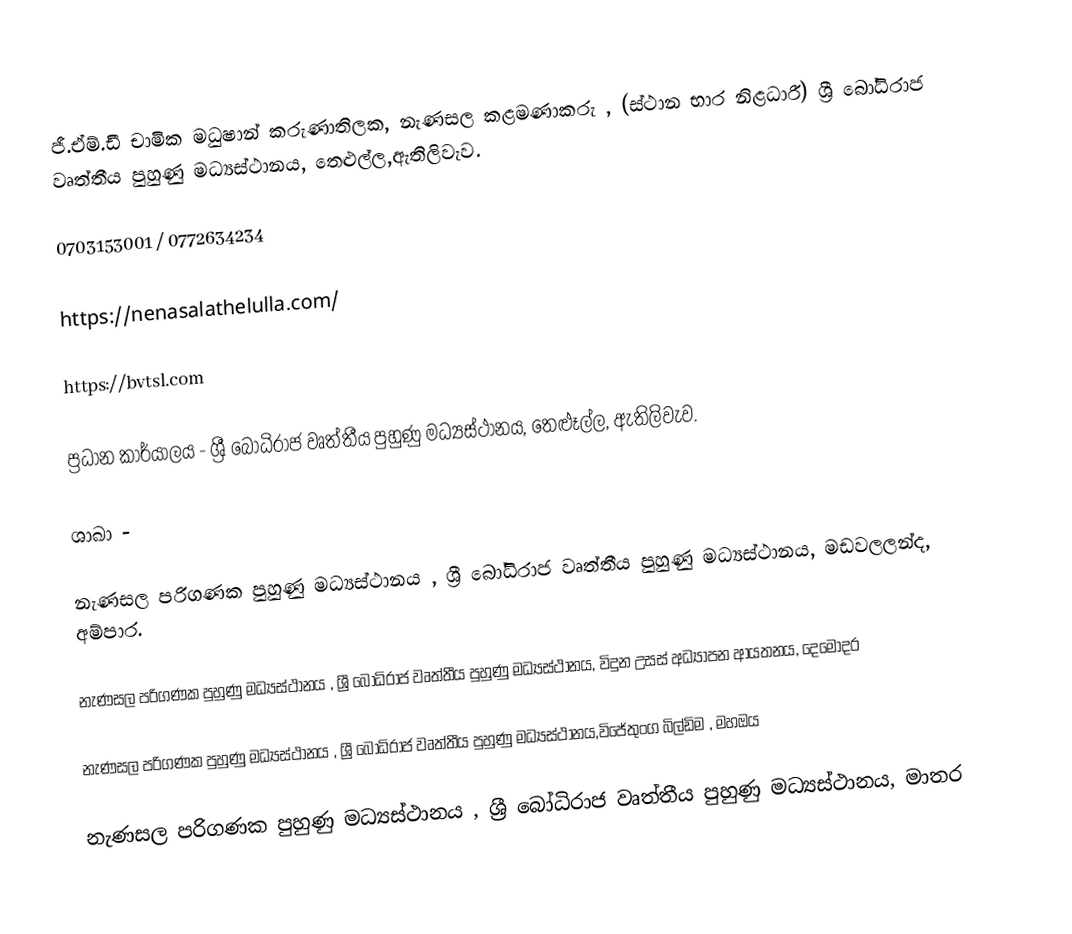
ජී.ඒම්.ඩී චාමික මධුෂාන් කරුණාතිලක, නැණසල කළමණාකරු , (ස්ථාන භාර නිළධාරී) ශ්‍රී බෝධිරාජ වෘත්තීය පුහුණු මධ්‍යස්ථානය, තෙළුල්ල,ඇතිලිවැව.

0703153001 / 0772634234

https://nenasalathelulla.com/

https://bvtsl.com

ප්‍රධාන කාර්යාලය - ශ්‍රී බෝධිරාජ වෘත්තීය පුහුණු මධ්‍යස්ථානය, තෙළූල්ල, ඇතිලිවැව.

ශාඛා -

නැණසල පරිගණක පුහුණු මධ්‍යස්ථානය , ශ්‍රී බෝධිරාජ වෘත්තීය පුහුණු මධ්‍යස්ථානය, මඩවලලන්ද, අම්පාර.

නැණසල පරිගණක පුහුණු මධ්‍යස්ථානය , ශ්‍රී බෝධිරාජ වෘත්තීය පුහුණු මධ්‍යස්ථානය, විදුන උසස් අධ්‍යාපන ආයතනය, දෙමෝදර

නැණසල පරිගණක පුහුණු මධ්‍යස්ථානය , ශ්‍රී බෝධිරාජ වෘත්තීය පුහුණු මධ්‍යස්ථානය,විජේතුංග බිල්ඩිම , මහඔය

නැණසල පරිගණක පුහුණු මධ්‍යස්ථානය , ශ්‍රී බෝධිරාජ වෘත්තීය පුහුණු මධ්‍යස්ථානය, මාතර